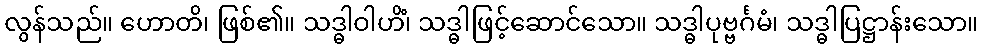
လွန်သည်။ ဟောတိ၊ ဖြစ်၏။ သဒ္ဓါဝါဟိံ၊ သဒ္ဓါဖြင့်ဆောင်သော။ သဒ္ဓါပုဗ္ဗင်္ဂမံ၊ သဒ္ဓါပြဋ္ဌာန်းသော။